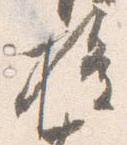
権